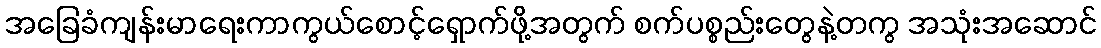
အခြေခံကျန်းမာရေးကာကွယ်စောင့်ရှောက်ဖို့အတွက် စက်ပစ္စည်းတွေနဲ့တကွ အသုံးအဆောင်